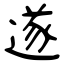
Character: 遂